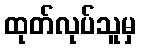
ထုတ်လုပ်သူမှ